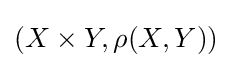
(X\times Y,\rho (X,Y))